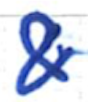
Text: &
Cross-out: clean
Writing tool: ballpoint